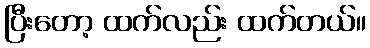
ပြီးတော့ ထက်လည်း ထက်တယ်။